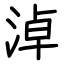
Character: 淖